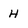
Character: H